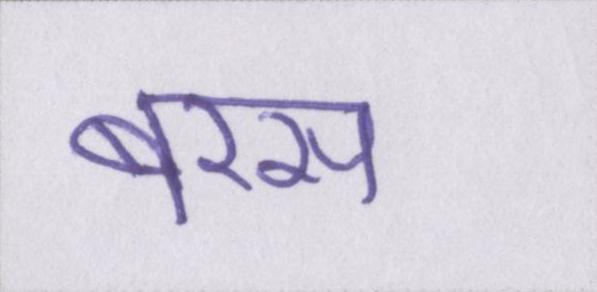
बरस